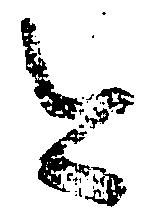
今